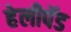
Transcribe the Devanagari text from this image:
हेलीपॅड